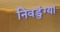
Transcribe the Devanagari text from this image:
निवडुंग्या